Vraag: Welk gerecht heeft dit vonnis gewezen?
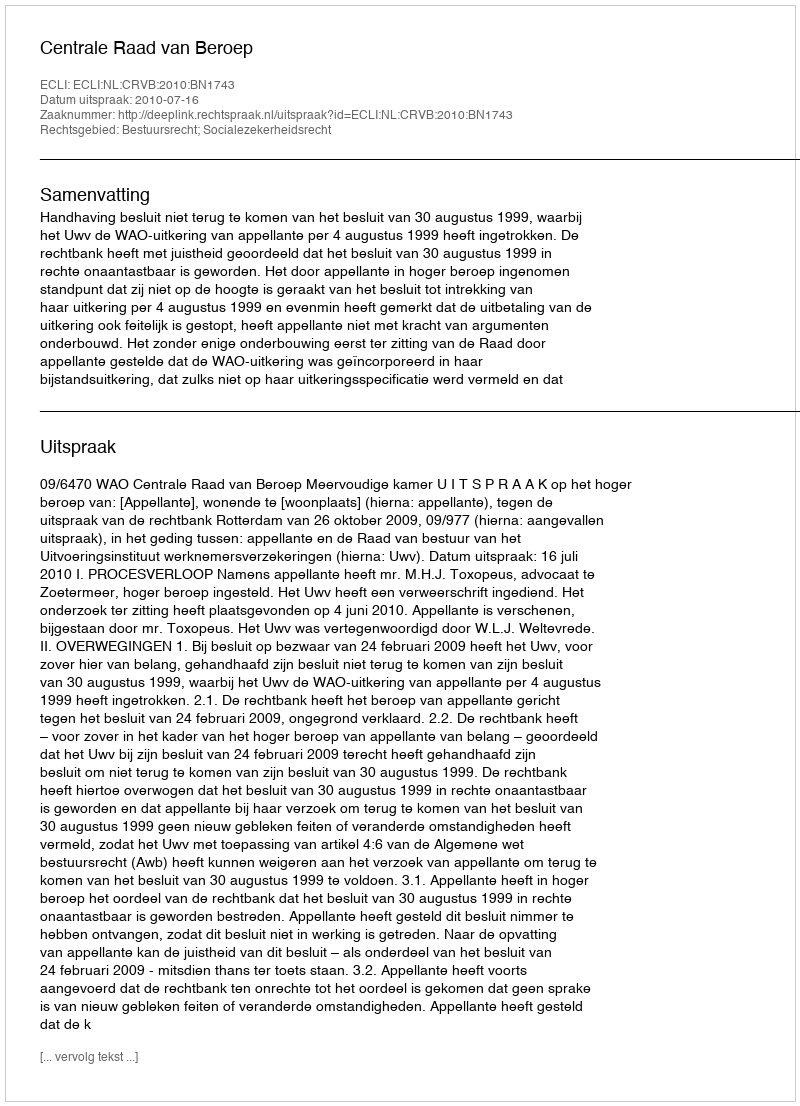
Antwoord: Centrale Raad van Beroep